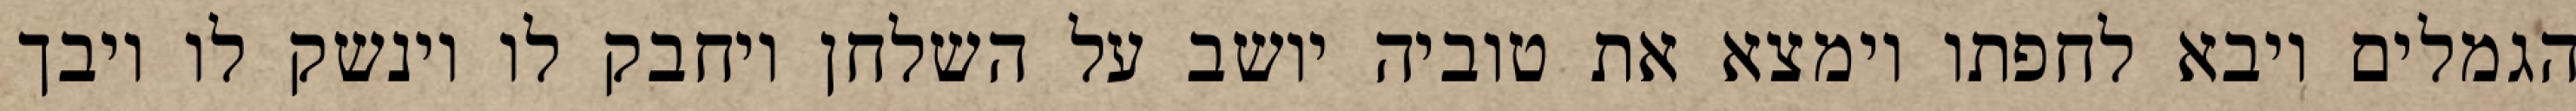
הגמלים ויבא לחפתו וימצא את טוביה יושב על השלחן ויחבק לו וינשק לו ויבך